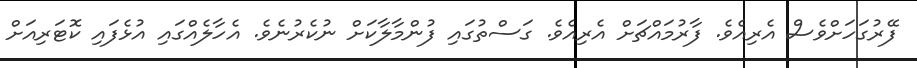
ފޭރުގަހަށްވެސް އެރިއެވެ. ފާރުމައްޗަށް އެރިއެވެ. ގަސްތުގައި ފުންމާލާކަށް ނުކެރުނެވެ. އެހާލެއްގައި އުޅެފައި ކޮޓަރިއަށް